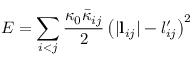
E = \sum _ { i < j } \frac { \kappa _ { 0 } \bar { \kappa } _ { i j } } { 2 } \left( | \mathbf { l } _ { i j } | - l _ { i j } ^ { \prime } \right) ^ { 2 }